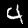
Label: 4